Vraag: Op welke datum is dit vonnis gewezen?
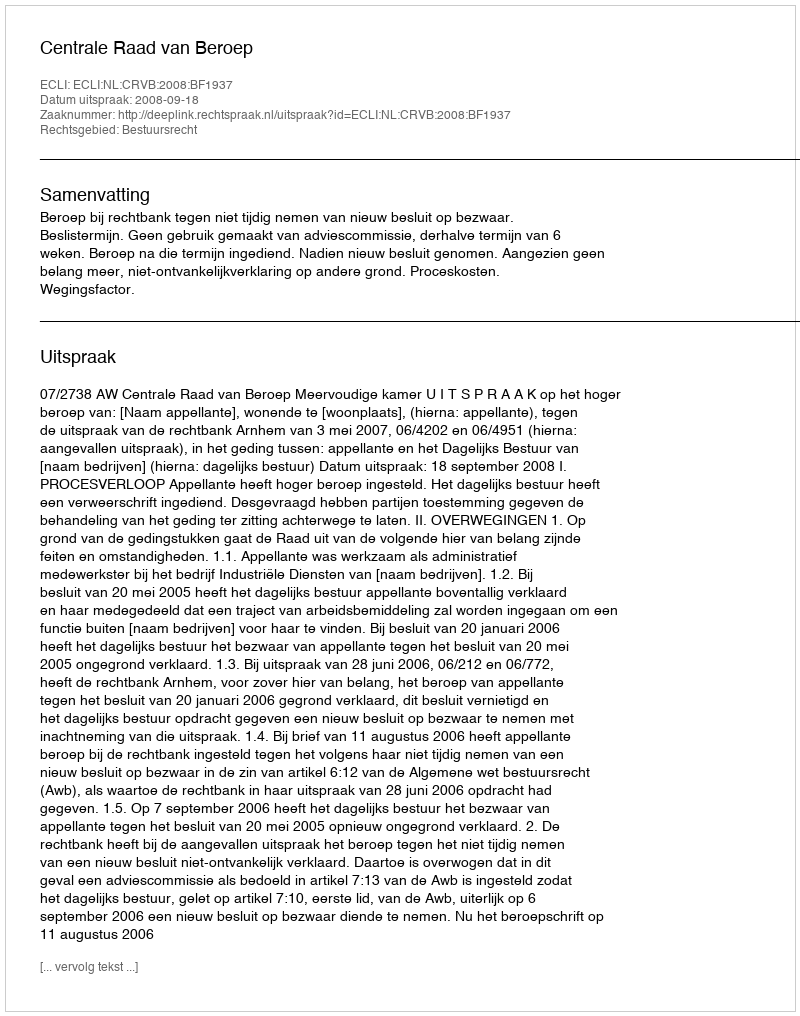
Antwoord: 2008-09-18